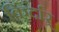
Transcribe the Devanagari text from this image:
किर्दार्